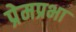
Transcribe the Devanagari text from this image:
प्रेमप्रभा